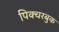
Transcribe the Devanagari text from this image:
पिक्चरबुक